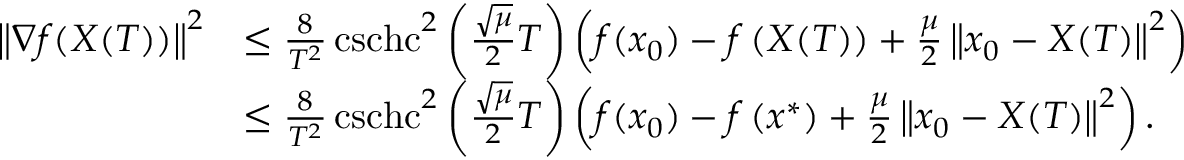
\begin{array} { r l } { \left\Vert \nabla f ( X ( T ) ) \right\Vert ^ { 2 } } & { \leq \frac { 8 } { T ^ { 2 } } \operatorname { c s c h c } ^ { 2 } \left( \frac { \sqrt { \mu } } { 2 } T \right) \left( f ( x _ { 0 } ) - f \left( X ( T ) \right) + \frac { \mu } { 2 } \left\Vert x _ { 0 } - X ( T ) \right\Vert ^ { 2 } \right) } \\ & { \leq \frac { 8 } { T ^ { 2 } } \operatorname { c s c h c } ^ { 2 } \left( \frac { \sqrt { \mu } } { 2 } T \right) \left( f ( x _ { 0 } ) - f \left( x ^ { * } \right) + \frac { \mu } { 2 } \left\Vert x _ { 0 } - X ( T ) \right\Vert ^ { 2 } \right) . } \end{array}